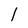
Character: l